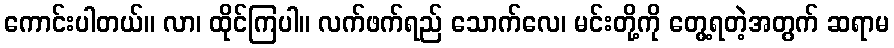
ကောင်းပါတယ်။ လာ၊ ထိုင်ကြပါ။ လက်ဖက်ရည် သောက်လေ၊ မင်းတို့ကို တွေ့ရတဲ့အတွက် ဆရာမ